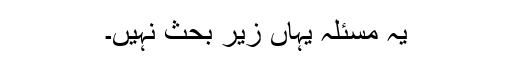
یہ مسئلہ یہاں زیر بحث نہیں۔